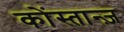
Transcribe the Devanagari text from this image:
कोंस्तान्ज़